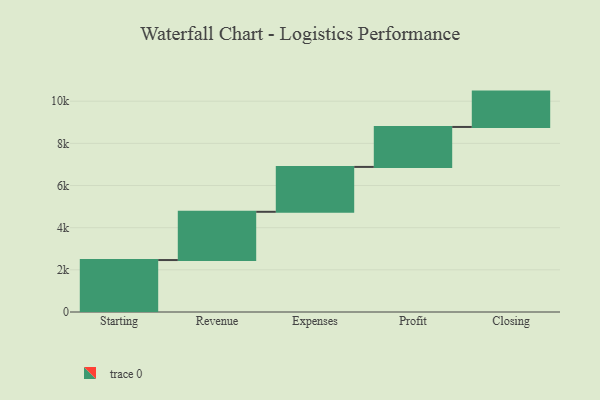
{"axis": {"x": "Step", "y": "Value"}, "legend": [""], "data": [{"x": "Starting", "y": 2465.0, "type": ""}, {"x": "Revenue", "y": 2288.0, "type": ""}, {"x": "Expenses", "y": 2129.0, "type": ""}, {"x": "Profit", "y": 1896.0, "type": ""}, {"x": "Closing", "y": 1677.0, "type": ""}]}